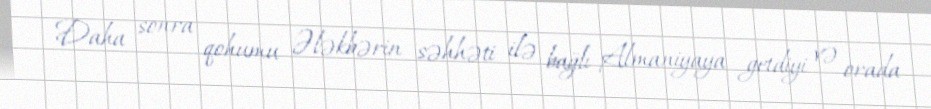
Daha sonra qohumu Ələkbərin səhhəti ilə bağlı Almaniyaya getdiyi və orada